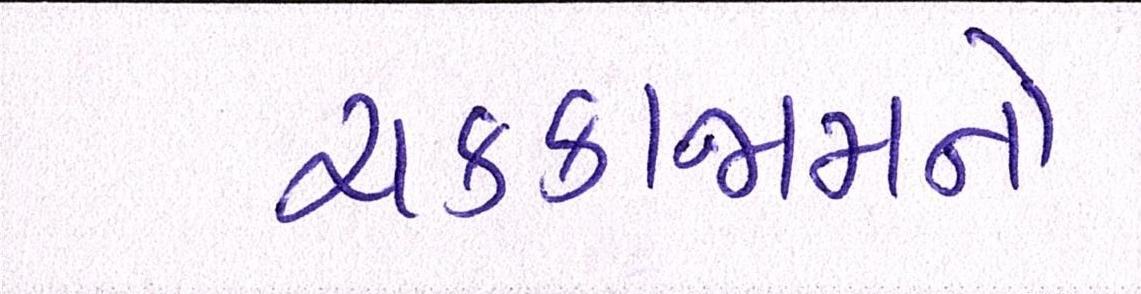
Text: ચક્કાજામનો